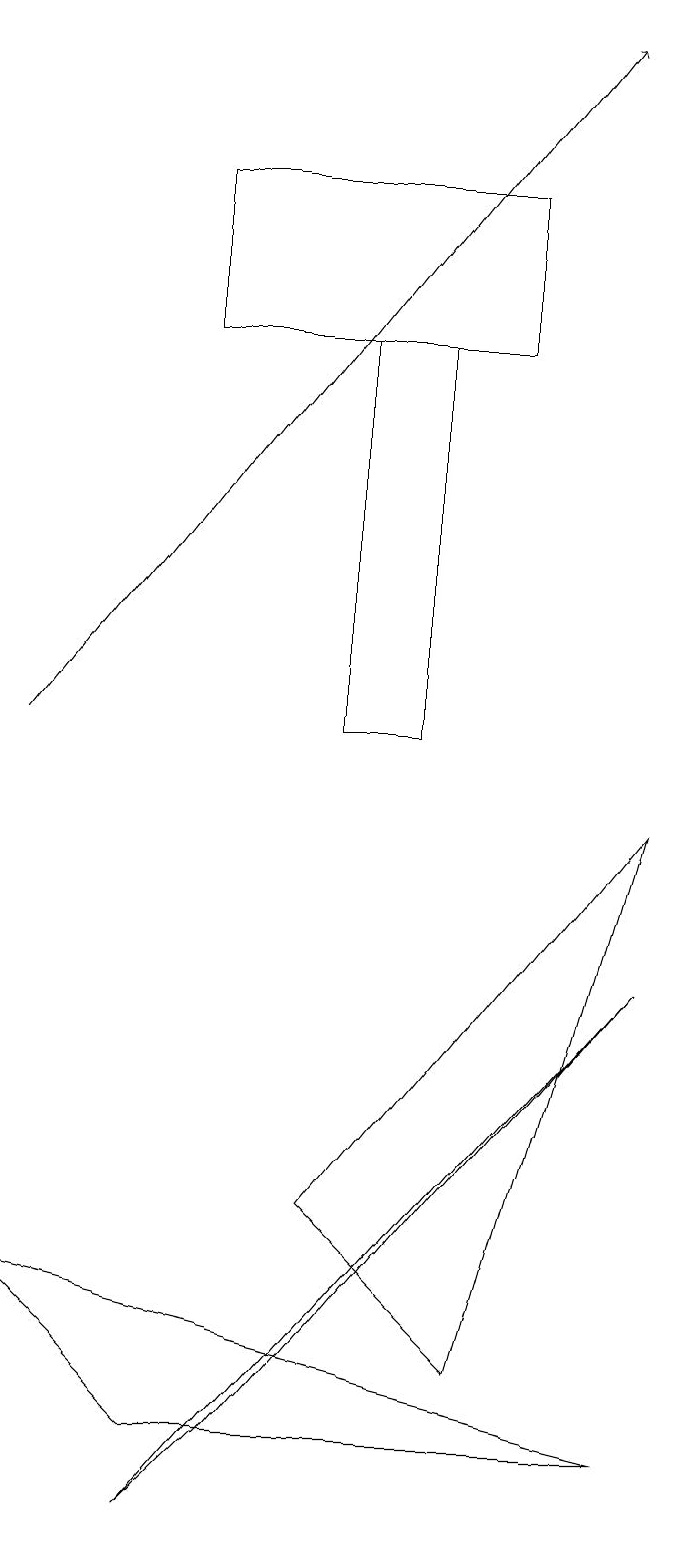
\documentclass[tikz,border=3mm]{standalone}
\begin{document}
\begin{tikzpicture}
\draw (0,3) -- (8,1) -- (2,1) -- cycle;
\draw (6,2) -- (4,4) -- (8,9) -- cycle;
\draw (5,15) rectangle (4,10);
\draw (2,0) -- (3,1) -- (8,7) -- cycle;
\draw[->] (0,10) -- (7,19);
\draw (2,15) rectangle (6,17);
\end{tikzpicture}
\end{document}